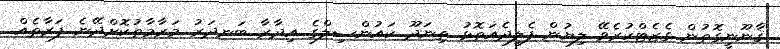
ޤާނޫނީގޮތުން ގެޒެޓްކުރެވޭ ލިޔުން ފެލިދެއަތޮޅު ތިނަދޫ ކައުންސިލްގެ އިދާރާ ބަނދަރު މަރާމާތުކޮށްދޭނެ ފަރާތެއް